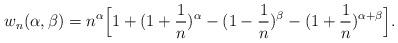
LaTeX: \begin{align*}w_{n}(\alpha,\beta)&=n^{\alpha}\Big[1+(1+\frac{1}{n})^{\alpha}-(1-\frac{1}{n})^{\beta}-(1+\frac{1}{n})^{\alpha+\beta}\Big].\end{align*}